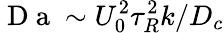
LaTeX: \mathrm{~D~a~}\sim U_{0}^{2}\tau_{R}^{2}k/D_{c}